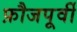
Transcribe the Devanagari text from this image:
फ़ौजपूर्वी